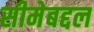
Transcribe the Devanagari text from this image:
सीमेबद्दल